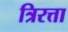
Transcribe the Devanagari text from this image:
त्रिरत्ता